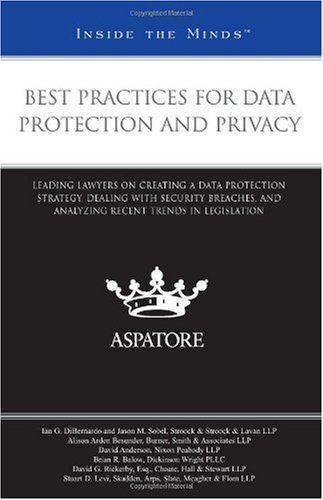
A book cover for Best Practices for Data Protection and Privacy: Leading Lawyers on Creating a Data Protection Strategy, Dealing with Security Breaches, and Analyzing Recent Trends in Legislation (Inside the Minds); Multiple Authors; Law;